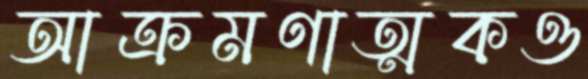
আক্রমণাত্মকও